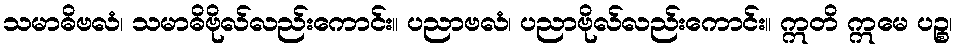
သမာဓိဗလံ၊ သမာဓိဗိုလ်လည်းကောင်း။ ပညာဗလံ၊ ပညာဗိုလ်လည်းကောင်း။ ဣတိ ဣမေ ပဉ္စ၊